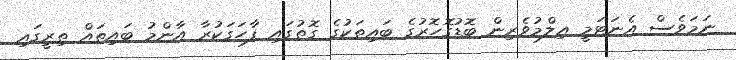
ނަމަވެސް އެނަޓަމީ ޢިލްމުވެރިން ބޮޑުގޮހޮރުގެ ބައިތަކުގެ ގޮތުގައި ފާހަގަކުރާ އާންމު ބައިތައް ތިރީގައި